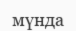
мүнда